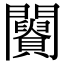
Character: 𨷪